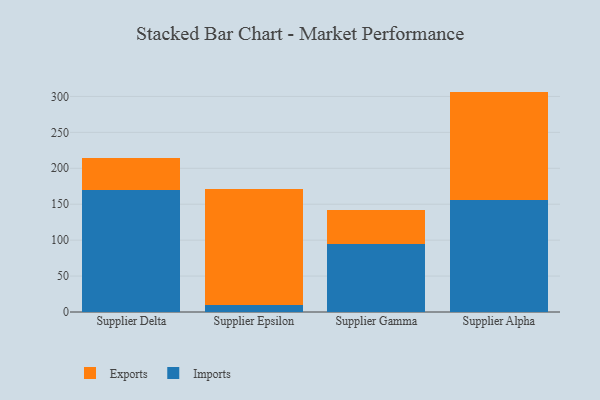
{"axis": {"x": "Supplier", "y": "Customer Acquisition Cost (USD)"}, "legend": ["Exports", "Imports"], "data": [{"x": "Supplier Delta", "y": 170.3, "type": "Imports"}, {"x": "Supplier Delta", "y": 44.2, "type": "Exports"}, {"x": "Supplier Epsilon", "y": 9.9, "type": "Imports"}, {"x": "Supplier Epsilon", "y": 161.6, "type": "Exports"}, {"x": "Supplier Gamma", "y": 94.2, "type": "Imports"}, {"x": "Supplier Gamma", "y": 48.0, "type": "Exports"}, {"x": "Supplier Alpha", "y": 155.2, "type": "Imports"}, {"x": "Supplier Alpha", "y": 151.5, "type": "Exports"}]}